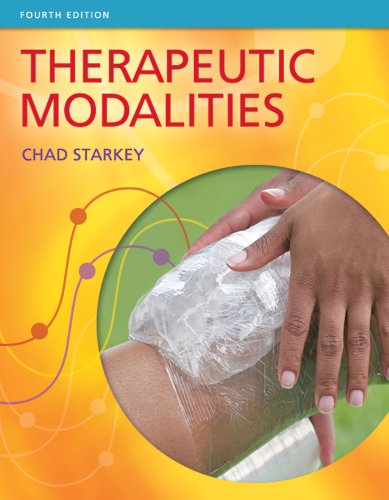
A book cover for Therapeutic Modalities; Chad Starkey PhD  ATC; Medical Books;